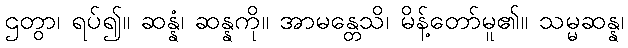
ဌတွာ၊ ရပ်၍။ ဆန္နံ၊ ဆန္နကို။ အာမန္တေသိ၊ မိန့်တော်မူ၏။ သမ္မဆန္န၊